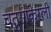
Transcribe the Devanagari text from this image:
चतुरंगकेरली